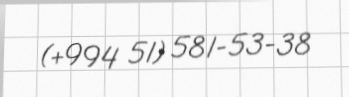
(+994 51) 581-53-38